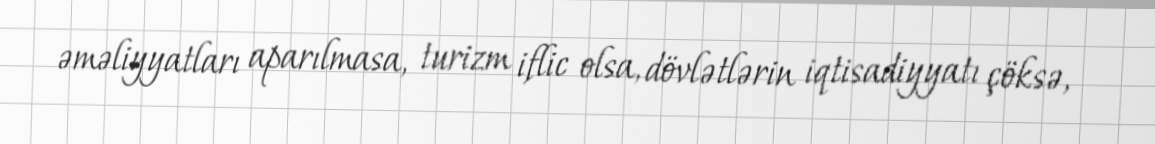
əməliyyatları aparılmasa, turizm iflic olsa, dövlətlərin iqtisadiyyatı çöksə,